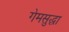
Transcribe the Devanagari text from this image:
गेमसुद्धा